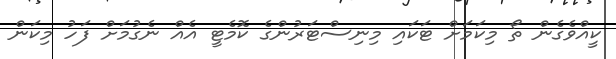
ކީއްވެގެން ތޯ މިކަމަށް ޓަކައި މިނިސްޓަރުންގެ ކޮމެޓީ އެއް ނެގުމަށް ފަހު މިކަން